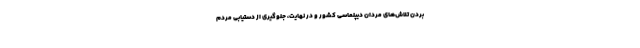
بردن تلاش‌های مردان دیپلماسی کشور و در نهایت، جلوگیری از دستیابی مردم